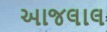
આજલાલ